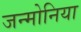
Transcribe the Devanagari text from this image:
जन्मोनिया